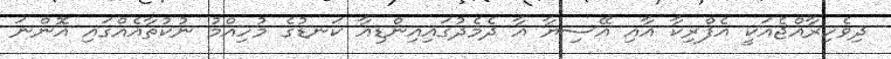
ދިވެހިރާއްޖެއަކީ އެފްރިކާ އާއި އޭސިޔާ އާ ދެމެދުގައިއިންޑިއާ ކަނޑުގެ މުހިއްމު ނުކުތާއެއްގައި އޮންނަ